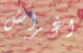
اغراض